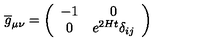
\overline { { g } } _ { \mu \nu } = \left( \begin{array} { c c } { - 1 } & { 0 } \\ { 0 } & { e ^ { 2 H t } \delta _ { i j } } \\ \end{array} \right)